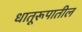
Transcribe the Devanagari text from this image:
धातूरूपातील